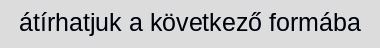
átírhatjuk a következő formába